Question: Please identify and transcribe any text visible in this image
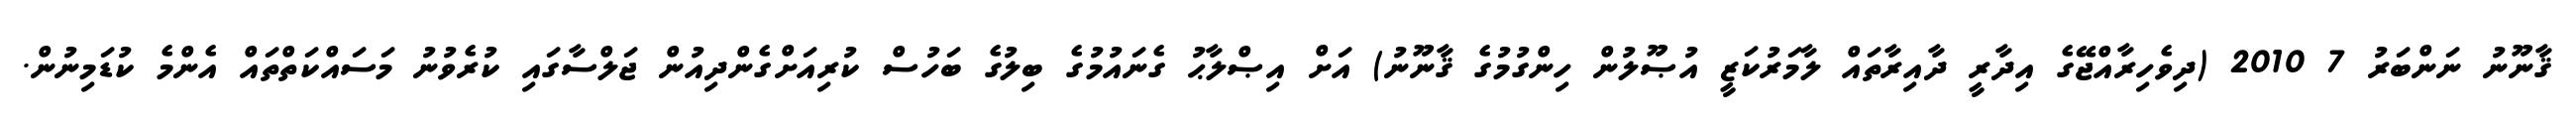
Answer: ޤާނޫނު ނަންބަރު 7 2010 (ދިވެހިރާއްޖޭގެ އިދާރީ ދާއިރާތައް ލާމަރުކަޒީ އުޞޫލުން ހިންގުމުގެ ޤާނޫނު) އަށް އިޞްލާޙު ގެނައުމުގެ ބިލުގެ ބަހުސް ކުރިއަށްގެންދިއުން ޖަލްސާގައި ކުރެވުނު މަސައްކަތްތައް އެންމެ ކުޑަމިނުން.